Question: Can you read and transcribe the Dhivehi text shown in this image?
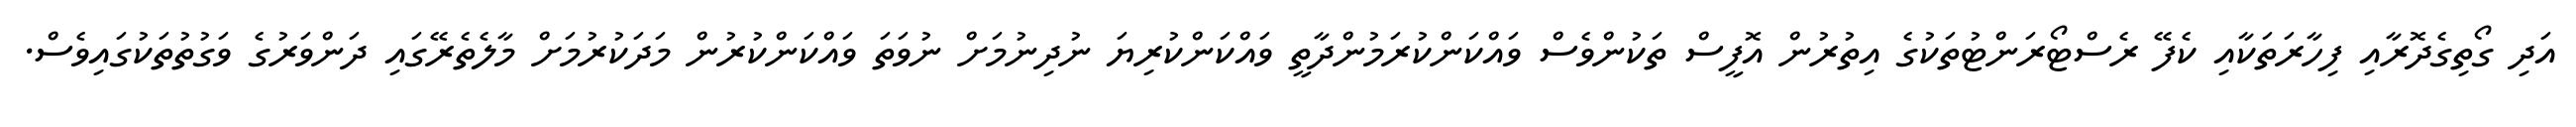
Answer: އަދި ގޯތިގެދޮރާއި ފިހާރަތަކާއި ކެފޭ ރެސްޓޯރަންޓުތަކުގެ އިތުރުން އޮފީސް ތަކުންވެސް ވައްކަންކުރަމުންދާތީ ވައްކަންކުރިޔަ ނުދިނުމަށް ނުވަތަ ވައްކަންކުރުން މަދަކުރުމަށް މާލެތެރޭގައި ދަންވަރުގެ ވަގުތުތަކުގައިވެސް.